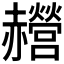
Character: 𰷰